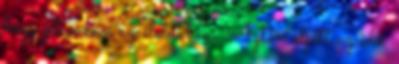
hogy jelen van az életükben. Aztán eljött az idő,